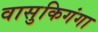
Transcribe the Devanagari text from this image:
वासुकिगंगा